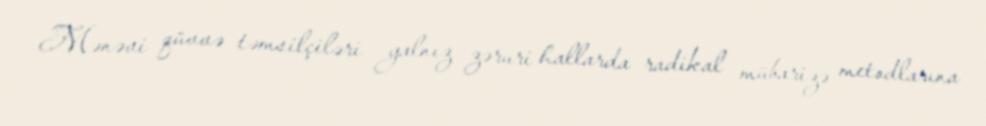
Mənəvi qüvvə təmsilçiləri yalnız zəruri hallarda radikal mübarizə metodlarına